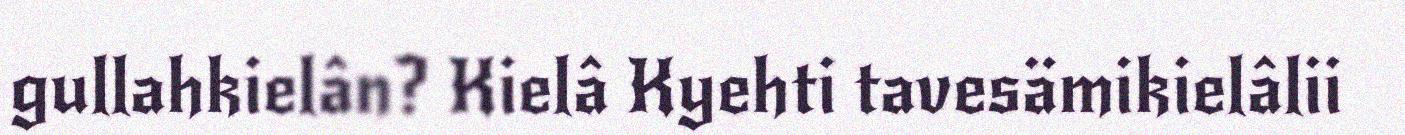
gullahkielân? Kielâ Kyehti tavesämikielâlii